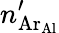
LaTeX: n_{\mathrm{Ar_{Al}}}^{\prime}